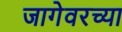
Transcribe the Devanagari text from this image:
जागेवरच्या